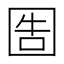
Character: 𡇪